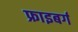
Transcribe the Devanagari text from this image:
फ्राइबर्ग